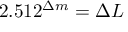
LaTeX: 2 . 5 1 2 ^ { \Delta { m } } = \Delta { L }